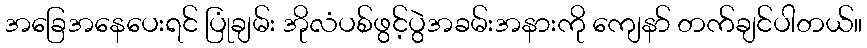
အခြေအနေပေးရင် ပြုံချမ်း အိုလံပစ်ဖွင့်ပွဲအခမ်းအနားကို ကျေနာ် တက်ချင်ပါတယ်။